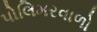
પોલિમરવાળો